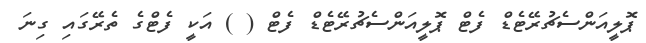
ޕޮލީއަންސެޗުރޭޓެޑް ފެޓް ޕޮލީއަންސެޗުރޭޓެޑް ފެޓް ( ) އަކީ ފެޓްގެ ތެރޭގައި ގިނަ